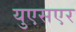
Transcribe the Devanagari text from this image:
युएसएर